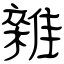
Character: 雜